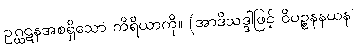
ဥဂ္ဃဋနအစရှိသော ကိရိယာကို။ (အာဒိသဒ္ဒါဖြင့် ဝိပဉ္စနနယန